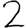
Digit: 2